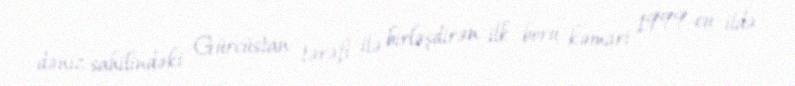
dəniz sahilindəki Gürcüstan tərəfi ilə birləşdirən ilk boru kəməri 1999-cu ildə